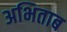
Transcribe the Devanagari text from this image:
अभिताब